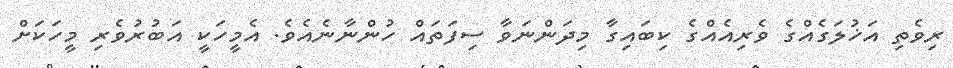
ރިވެތި އަޚުލަގެއްގެ ވެރިއެއްގެ ކިބައިގާ މިދަންނަވާ ސިފަތައް ހުންނާނެއެވެ. އެމީހަކީ އަބުރުވެރި މީހަކަށް